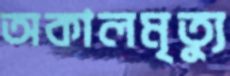
অকালমৃত্যু